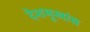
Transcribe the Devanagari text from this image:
देशमुखांस